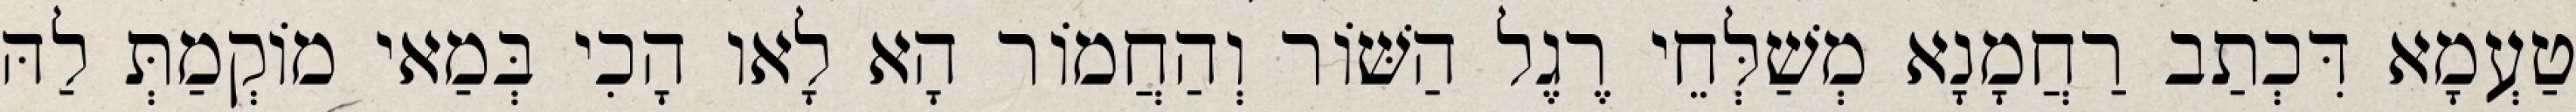
טַעְמָא דִּכְתַב רַחֲמָנָא מְשַׁלְּחֵי רֶגֶל הַשּׁוֹר וְהַחֲמוֹר הָא לָאו הָכִי בְּמַאי מוֹקְמַתְּ לַהּ